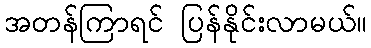
အတန်ကြာရင် ပြန်နိုင်းလာမယ်။